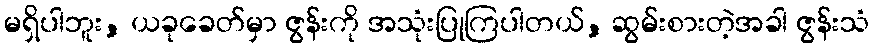
မရှိပါဘူး, ယခုခေတ်မှာ ဇွန်းကို အသုံးပြုကြပါတယ်, ဆွမ်းစားတဲ့အခါ ဇွန်းသံ